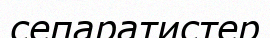
сепаратистер